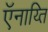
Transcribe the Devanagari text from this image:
ऍनाय्ति